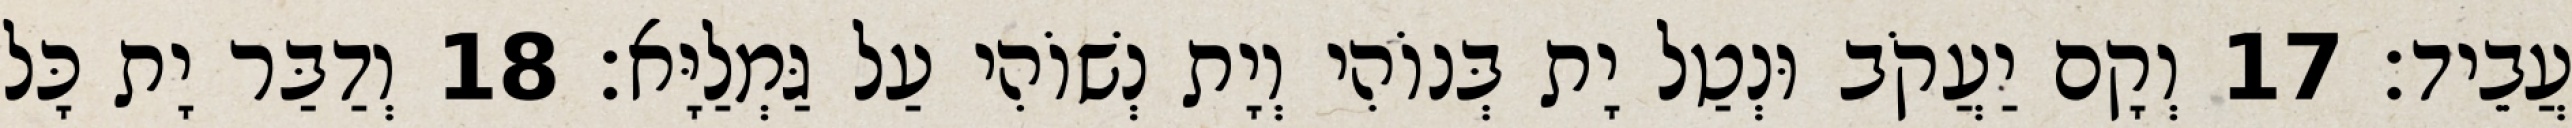
עֲבֵיד׃ 17 וְקָם יַעֲקֹב וּנְטַל יָת בְּנוֹהִי וְיָת נְשׁוֹהִי עַל גַּמְלַיָּא׃ 18 וְדַבַּר יָת כָּל